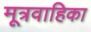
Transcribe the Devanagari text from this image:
मूत्रवाहिका